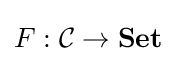
F:{\mathcal {C}}\rightarrow \mathbf {Set}